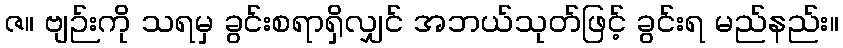
ဇ။ ဗျဉ်းကို သရမှ ခွင်းစရာရှိလျှင် အဘယ်သုတ်ဖြင့် ခွင်းရ မည်နည်း။